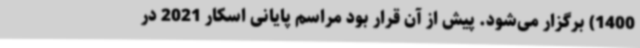
1400) برگزار می‌شود. پیش از آن قرار بود مراسم پایانی اسکار 2021 در